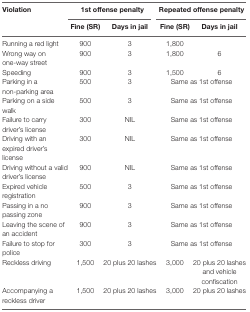
| <ROWSPAN=2> Violation | <COLSPAN=2> 1st offense penalty | <COLSPAN=2> Repeated offense penalty |
 | Fine (SR) | Days in jail | Fine (SR) | Days in jail |
 | --- | --- | --- | --- | --- |
 | Running a red light | 900 | 3 | 1,800 |  |
 | Wrong way on one-way street | 900 | 3 | 1,800 | 6 |
 | Speeding | 900 | 3 | 1,500 | 6 |
 | Parking in a non-parking area | 500 | 3 | <COLSPAN=2> Same as 1st offense |
 | Parking on a side walk | 500 | 3 | <COLSPAN=2> Same as 1st offense |
 | Failure to carry driver’s license | 300 | NIL | <COLSPAN=2> Same as 1st offense |
 | Driving with an expired driver’s license | 300 | NIL | <COLSPAN=2> Same as 1st offense |
 | Driving without a valid driver’s license | 900 | NIL | <COLSPAN=2> Same as 1st offense |
 | Expired vehicle registration | 500 | 3 | <COLSPAN=2> Same as 1st offense |
 | Passing in a no passing zone | 900 | 3 | <COLSPAN=2> Same as 1st offense |
 | Leaving the scene of an accident | 900 | 3 | <COLSPAN=2> Same as 1st offense |
 | Failure to stop for police | 300 | 3 | <COLSPAN=2> Same as 1st offense |
 | Reckless driving | 1,500 | 20 plus 20 lashes | 3,000 | 20 plus 20 lashes and vehicle confiscation |
 | Accompanying a reckless driver | 1,500 | 20 plus 20 lashes | 3,000 | 20 plus 20 lashes |